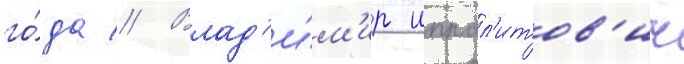
го́да // Влад'и́м'ир иппол'итов'ич